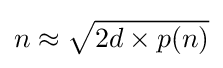
n\approx {\sqrt {2d\times p(n)}}